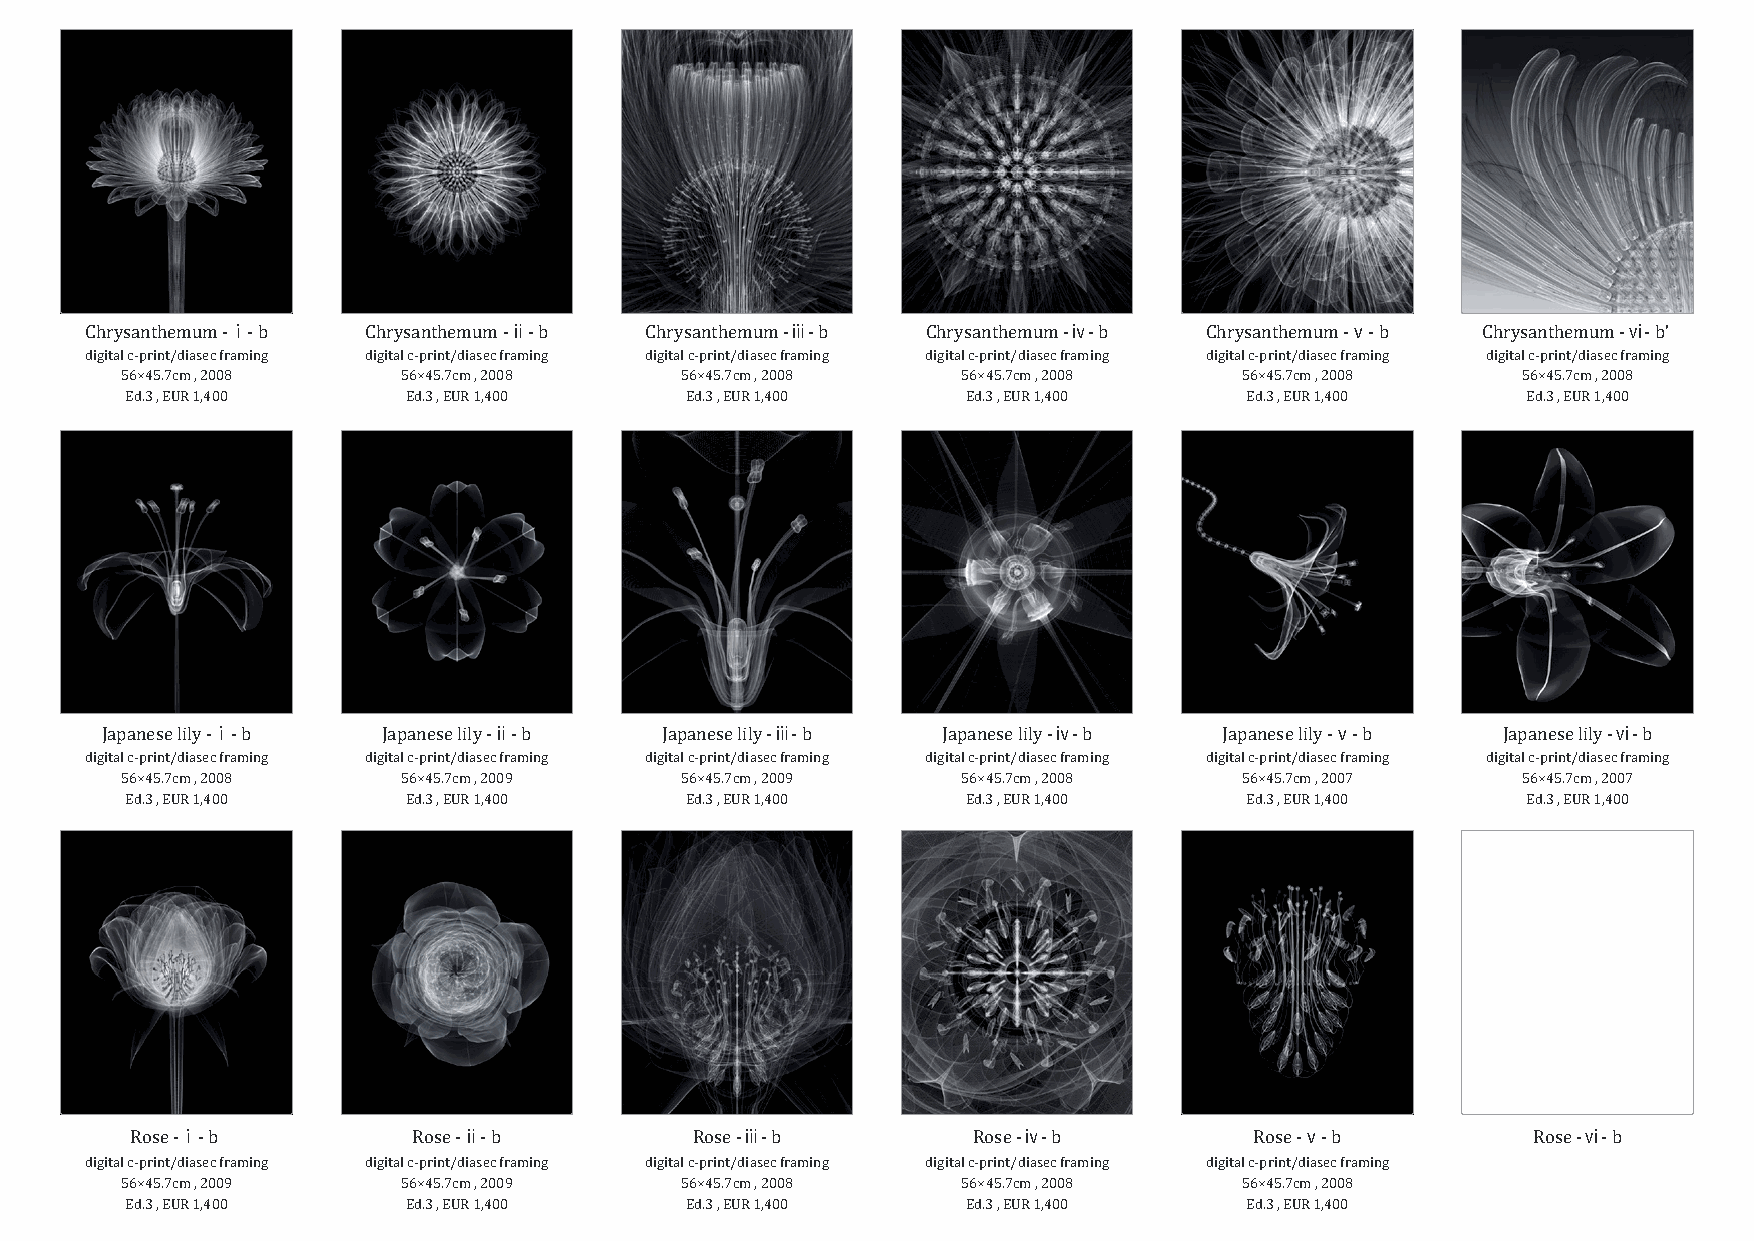
ⅰ                  ⅱ                 ⅲ                  ⅳ                 ⅴ                  ⅵ
 Chrysanthemum - - b Chrysanthemum - - b Chrysanthemum - - b Chrysanthemum - - b Chrysanthemum - - b Chrysanthemum - - b’
 digital c-print/diasec framing digital c-print/diasec framing digital c-print/diasec framing digital c-print/diasec framing digital c-print/diasec framing digital c-print/diasec framing
 56×45.7cm , 2008   56×45.7cm , 2008  56×45.7cm , 2008   56×45.7cm , 2008  56×45.7cm , 2008   56×45.7cm , 2008
 Ed.3 , EUR 1,400   Ed.3 , EUR 1,400  Ed.3 , EUR 1,400   Ed.3 , EUR 1,400   Ed.3 , EUR 1,400  Ed.3 , EUR 1,400
 ⅰ                  ⅱ                 ⅲ                  ⅳ                 ⅴ                  ⅵ
 Japanese lily - - b Japanese lily - - b Japanese lily - - b Japanese lily - - b Japanese lily - - b Japanese lily - - b
 digital c-print/diasec framing digital c-print/diasec framing digital c-print/diasec framing digital c-print/diasec framing digital c-print/diasec framing digital c-print/diasec framing
 56×45.7cm , 2008   56×45.7cm , 2009  56×45.7cm , 2009   56×45.7cm , 2008  56×45.7cm , 2007   56×45.7cm , 2007
 Ed.3 , EUR 1,400   Ed.3 , EUR 1,400  Ed.3 , EUR 1,400   Ed.3 , EUR 1,400   Ed.3 , EUR 1,400  Ed.3 , EUR 1,400
 ⅰ                  ⅱ                 ⅲ                  ⅳ                 ⅴ                  ⅵ
 Rose - - b        Rose - - b         Rose - - b        Rose - - b         Rose - - b         Rose - - b
 digital c-print/diasec framing digital c-print/diasec framing digital c-print/diasec framing digital c-print/diasec framing digital c-print/diasec framing
 56×45.7cm , 2009   56×45.7cm , 2009  56×45.7cm , 2008   56×45.7cm , 2008  56×45.7cm , 2008
 Ed.3 , EUR 1,400   Ed.3 , EUR 1,400  Ed.3 , EUR 1,400   Ed.3 , EUR 1,400   Ed.3 , EUR 1,400